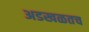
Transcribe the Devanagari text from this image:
अडखळतच